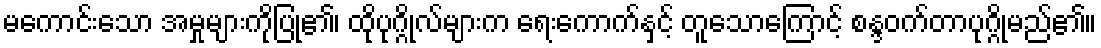
မကောင်းသော အမှုများကိုပြု၏၊ ထိုပုဂ္ဂိုလ်များက ရေးကောက်နှင့် တူသောကြောင့် စန္ဒဝက်တာပုဂ္ဂိုမည်၏။